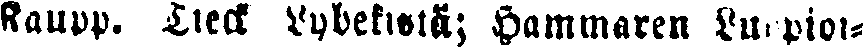
Kaupp. Tieck Lybekistä; Hammaren Luopioi-